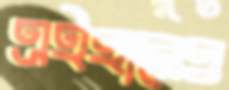
এইহানেও